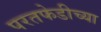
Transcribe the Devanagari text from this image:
परतफेडीच्या